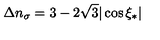
\Delta n _ { \sigma } = 3 - 2 \sqrt { 3 } | \cos \xi _ { * } |